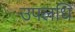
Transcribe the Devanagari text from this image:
उपलधि